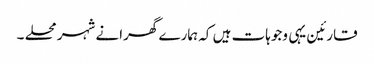
قارئین یہی وجوہات ہیں کہ ہمارے گھرانے شہر محلے ۔